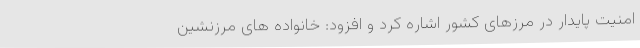
امنیت پایدار در مرزهای کشور اشاره کرد و افزود: خانواده های مرزنشین